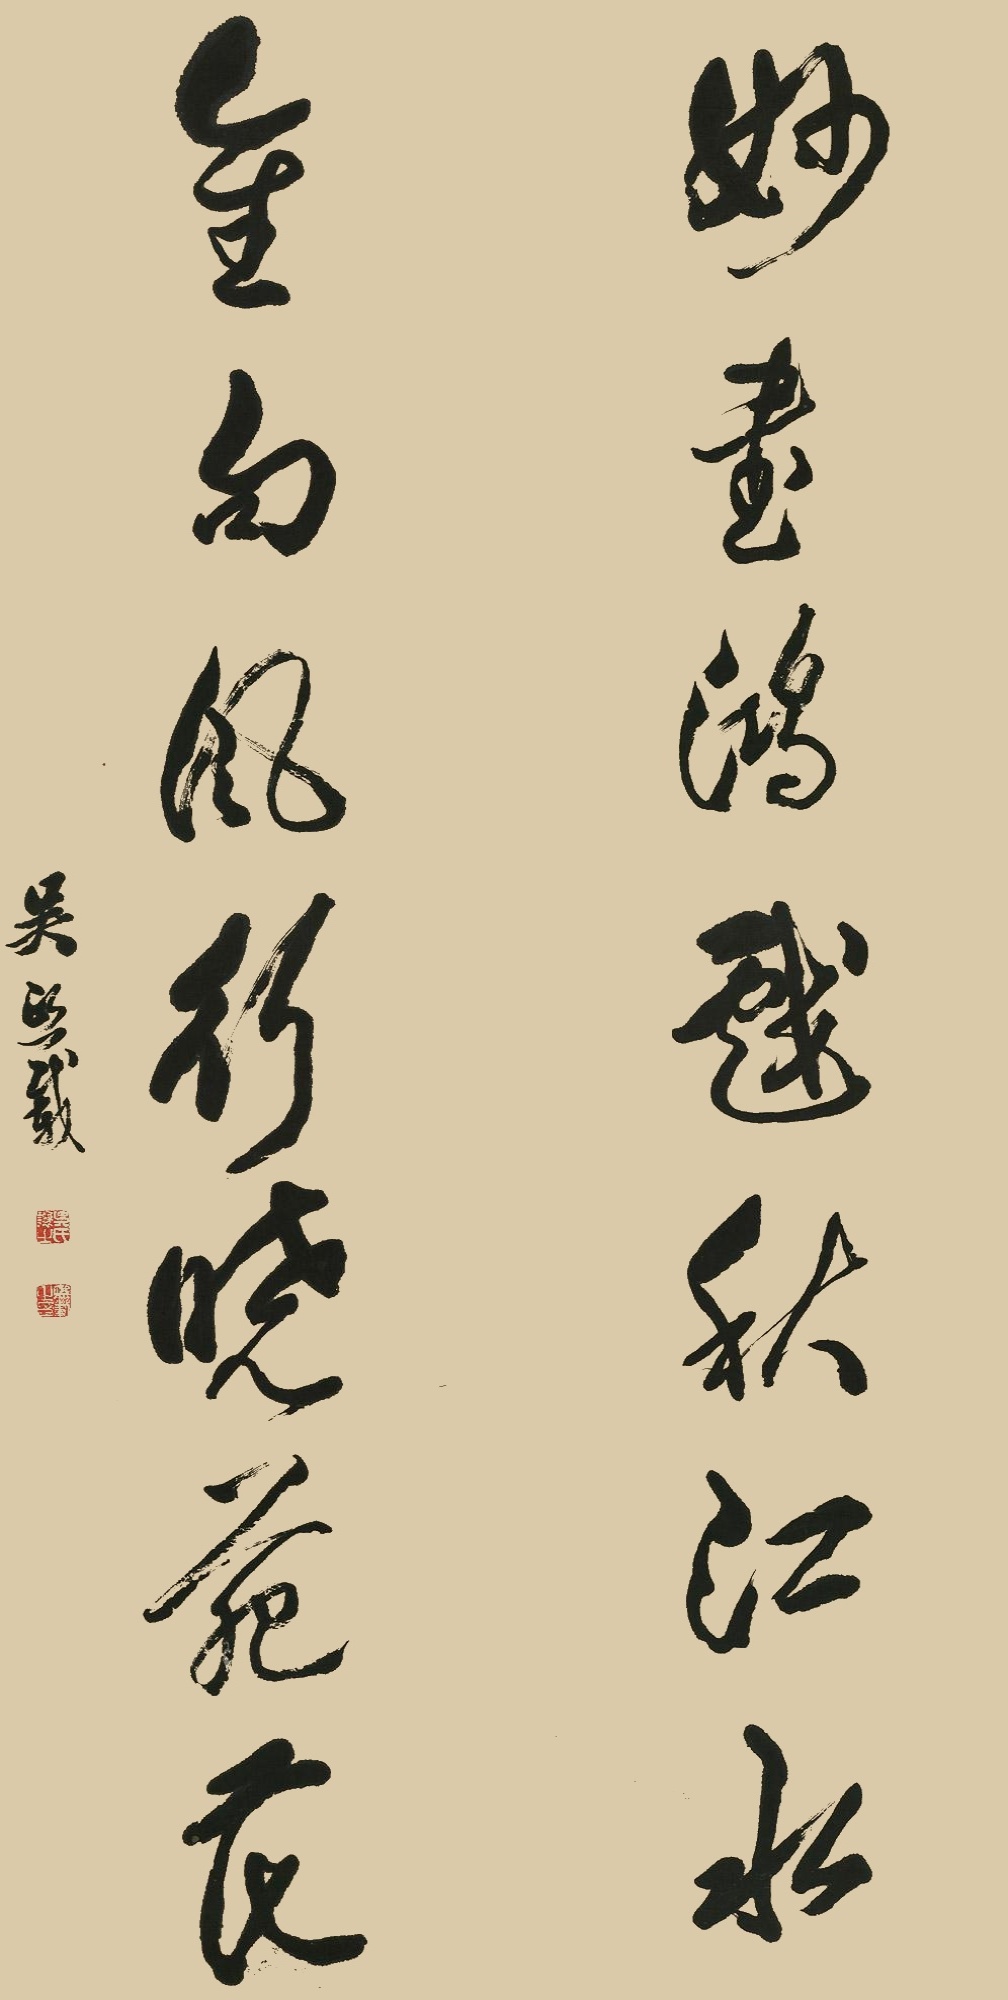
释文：妙书鸿戏秋江水，佳句风行晓苑花。吴熙载。